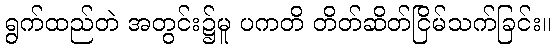
ရွက်ထည်တဲ အတွင်း၌မူ ပကတိ တိတ်ဆိတ်ငြိမ်သက်ခြင်း။